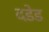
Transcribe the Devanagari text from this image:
दडेड